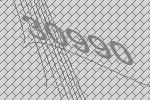
30990